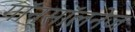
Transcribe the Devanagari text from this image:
गॉन्सॉलनेज़